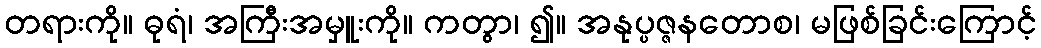
တရားကို။ ဓုရံ၊ အကြီးအမှူးကို။ ကတွာ၊ ၍။ အနုပ္ပဇ္ဇနတောစ၊ မဖြစ်ခြင်းကြောင့်